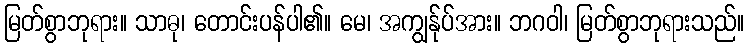
မြတ်စွာဘုရား။ သာဓု၊ တောင်းပန်ပါ၏။ မေ၊ အကျွန်ုပ်အား။ ဘဂဝါ၊ မြတ်စွာဘုရားသည်။